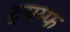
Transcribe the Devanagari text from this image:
ट्रयम्फ